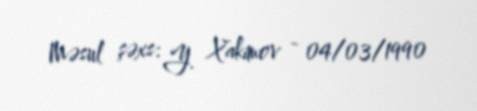
Məsul şəxs: Y. Xakimov - 04/03/1990